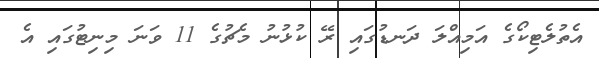
އެތުލެޓިކޯގެ އަމިއްލަ ދަނޑުގައި ރޭ ކުޅުނު މެޗުގެ 11 ވަނަ މިނިޓުގައި އެ